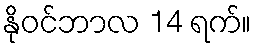
နိုဝင်ဘာလ 14 ရက်။